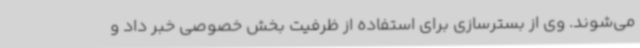
می‌شوند. وی از بسترسازی برای استفاده از ظرفیت بخش خصوصی خبر داد و